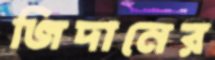
জিদানের